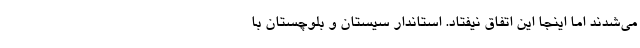
می‌شدند اما اینجا این اتفاق نیفتاد. استاندار سیستان و بلوچستان با